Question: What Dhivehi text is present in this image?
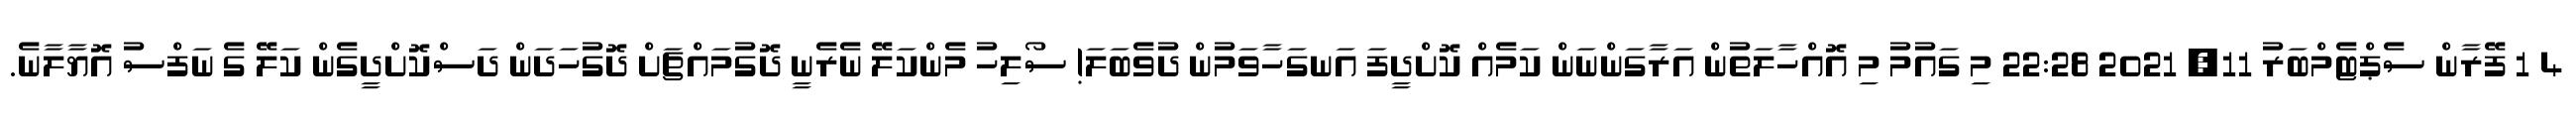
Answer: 4 1 ފޭރާން ސެޕްޓެމްބަރު 11, 2021 22:28 މި ގައުމު މި އޮއްހާލަތުން އަރާގަންނަން ކަމެއް ކޮށްދީފަ އަނގަހާވަމުން ދުވެބަލަ! ސޯލިހު މެންކަލޭ ނެރެނީ ދޮގުމައްޗަށް ދޮގުހަދަން ދަސްކޮށްދީގެން ކަލޭ ގެ ނަފްސު އޮޔާލާނެ.